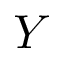
Y